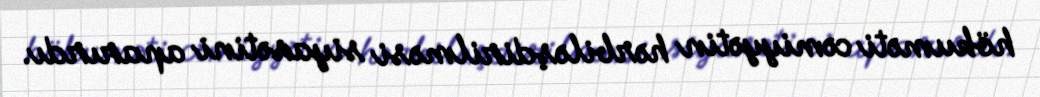
hökuməti cəmiyyətin hərbiləşdirilməsi siyasətini aparırdı.